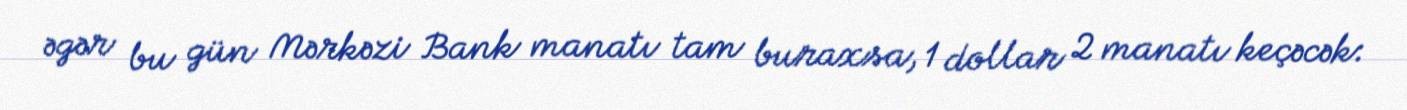
əgər bu gün Mərkəzi Bank manatı tam buraxsa, 1 dollar 2 manatı keçəcək: